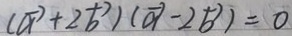
( \overrightarrow { a } + 2 \overrightarrow { b } ) ( \overrightarrow { a } - 2 \overrightarrow { b } ) = 0